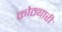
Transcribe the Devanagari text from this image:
कोठ्यारी